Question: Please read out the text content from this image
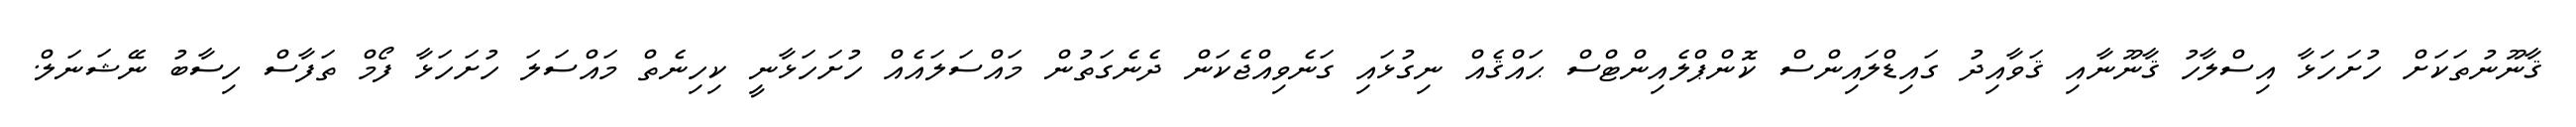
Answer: ޤާނޫނުތަކަށް ހުށަހަޅާ އިސްލާހު ޤާނޫނާއި ޤަވާއިދު ގައިޑްލައިންސް ކޮންޕްލެއިންޓްސް ޙައްޤެއް ނިގުޅައި ގަނެވިއްޖެކަން ދެނެގަތުން މައްސަލައެއް ހުށަހަޅާނީ ކިހިނެތް މައްސަލަ ހުށަހަޅާ ފޯމް ތަފާސް ހިސާބު ނޭޝަނަލް.